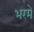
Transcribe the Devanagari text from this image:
भरमे